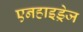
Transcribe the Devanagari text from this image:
एनहाइड्रेज